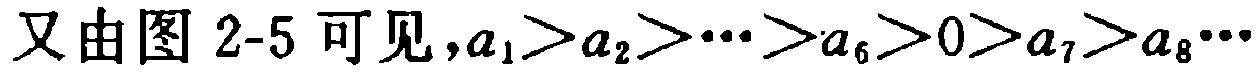
又由图 2-5 可见,$a_{1}>a_{2}>\cdots>a_{6}>0>a_{7}>a_{8}\cdots$